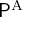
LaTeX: { \mathsf { P } } ^ { \mathrm { { A } } }